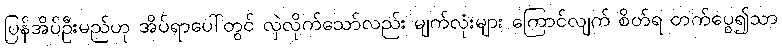
ပြန်အိပ်ဦးမည်ဟု အိပ်ရာပေါ်တွင် လှဲလိုက်သော်လည်း မျက်လုံးများ ကြောင်လျက် စိတ်ရ တက်ပွေ၍သာ